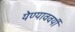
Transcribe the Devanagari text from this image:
येण्याववर्यी